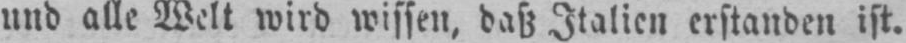
und alle Welt wird wissen, daß Italien erstanden ist.